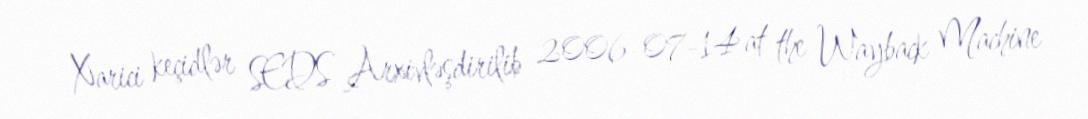
Xarici keçidlər SEDS Arxivləşdirilib 2006-07-14 at the Wayback Machine